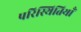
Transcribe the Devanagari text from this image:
परिस्थितियॉं